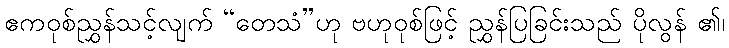
ဧကဝုစ်ညွှန်သင့်လျက် “တေသံ”ဟု ဗဟုဝုစ်ဖြင့် ညွှန်ပြခြင်းသည် ပိုလွန် ၏၊